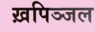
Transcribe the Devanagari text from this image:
ख़पिञ्जल